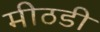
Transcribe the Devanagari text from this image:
मीठडी